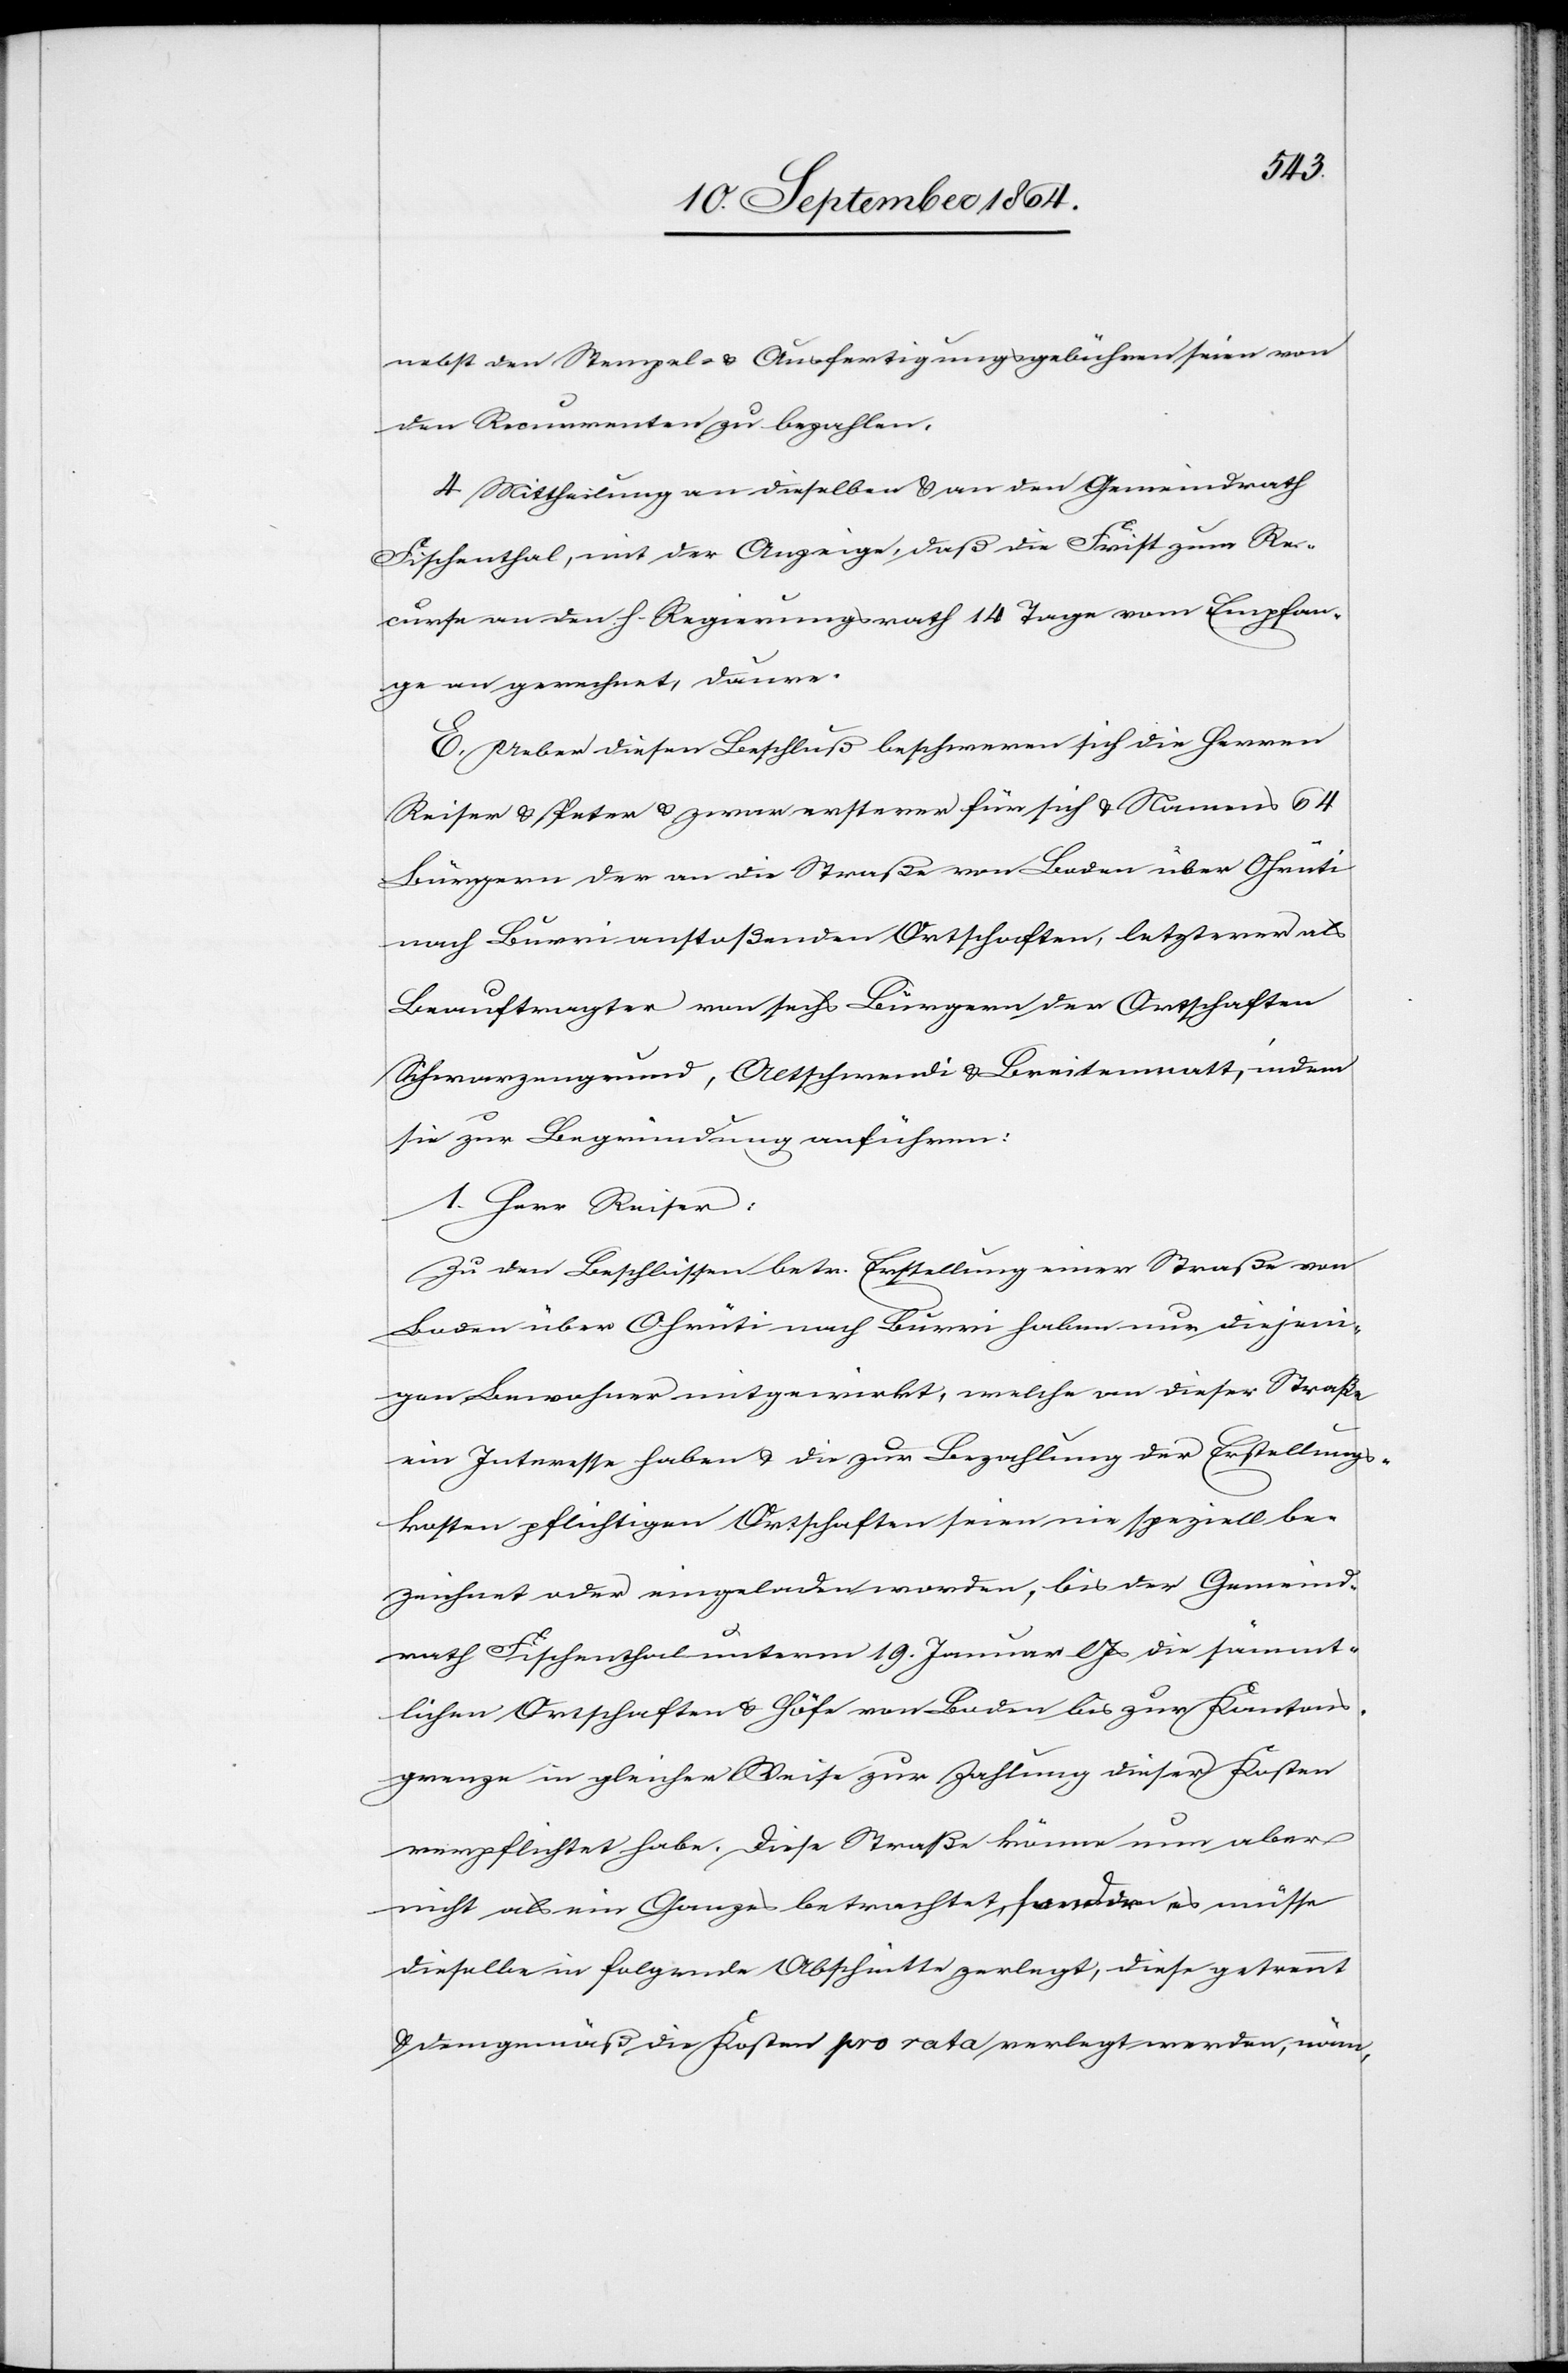
nebst den Stempel- & Ausfertigungsgebühren seien von
den Recurrenten zu bezahlen.
4. Mittheilung an dieselben & an den Gemeindrath
Fischenthal, mit der Anzeige, daß die Frist zum Re¬
curse an den h. Regierungsrath 14 Tage vom Empfan¬
ge an gerechnet, daure.
E. Ueber diesen Beschluß beschweren sich die Herren
Reiser & Peter & zwar ersterer für sich & Namens 64
Bürgern der an die Straße von Boden über Ohrüti
nach Burri anstoßenden Ortschaften, letzterer als
Beauftragter von sechs Bürgern der Ortschaften
Schwarzengrund, Altschwendi & Breitenmatt, indem
sie zur Begründung anführen:
1. Herr Reiser:
Zu den Beschlüssen betr. Erstellung einer Straße von
Boden über Ohrüti nach Burri haben nur diejeni¬
gen Bewohner mitgewirkt, welche an dieser Straße
ein Interesse haben & die zur Bezahlung der Erstellungs¬
kosten pflichtigen Ortschaften seien nie speziell be¬
zeichnet oder eingeladen worden, bis der Gemeind¬
rath Fischenthal unterm 19. Januar l. Js die sämmt¬
lichen Ortschaften & Höfe von Boden bis zur Kantons¬
grenze in gleicher Weise zur Zahlung dieser Kosten
verpflichtet habe. Diese Straße könne nun aber
nicht als ein Ganzes betrachtet, sondern es müsse
dieselbe in folgende Abschnitte zerlegt, diese getrennt
& demgemäß die Kosten pro rata verlegt werden, näm-